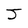
Character: J